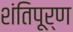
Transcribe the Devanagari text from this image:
शंतिपूर्ण